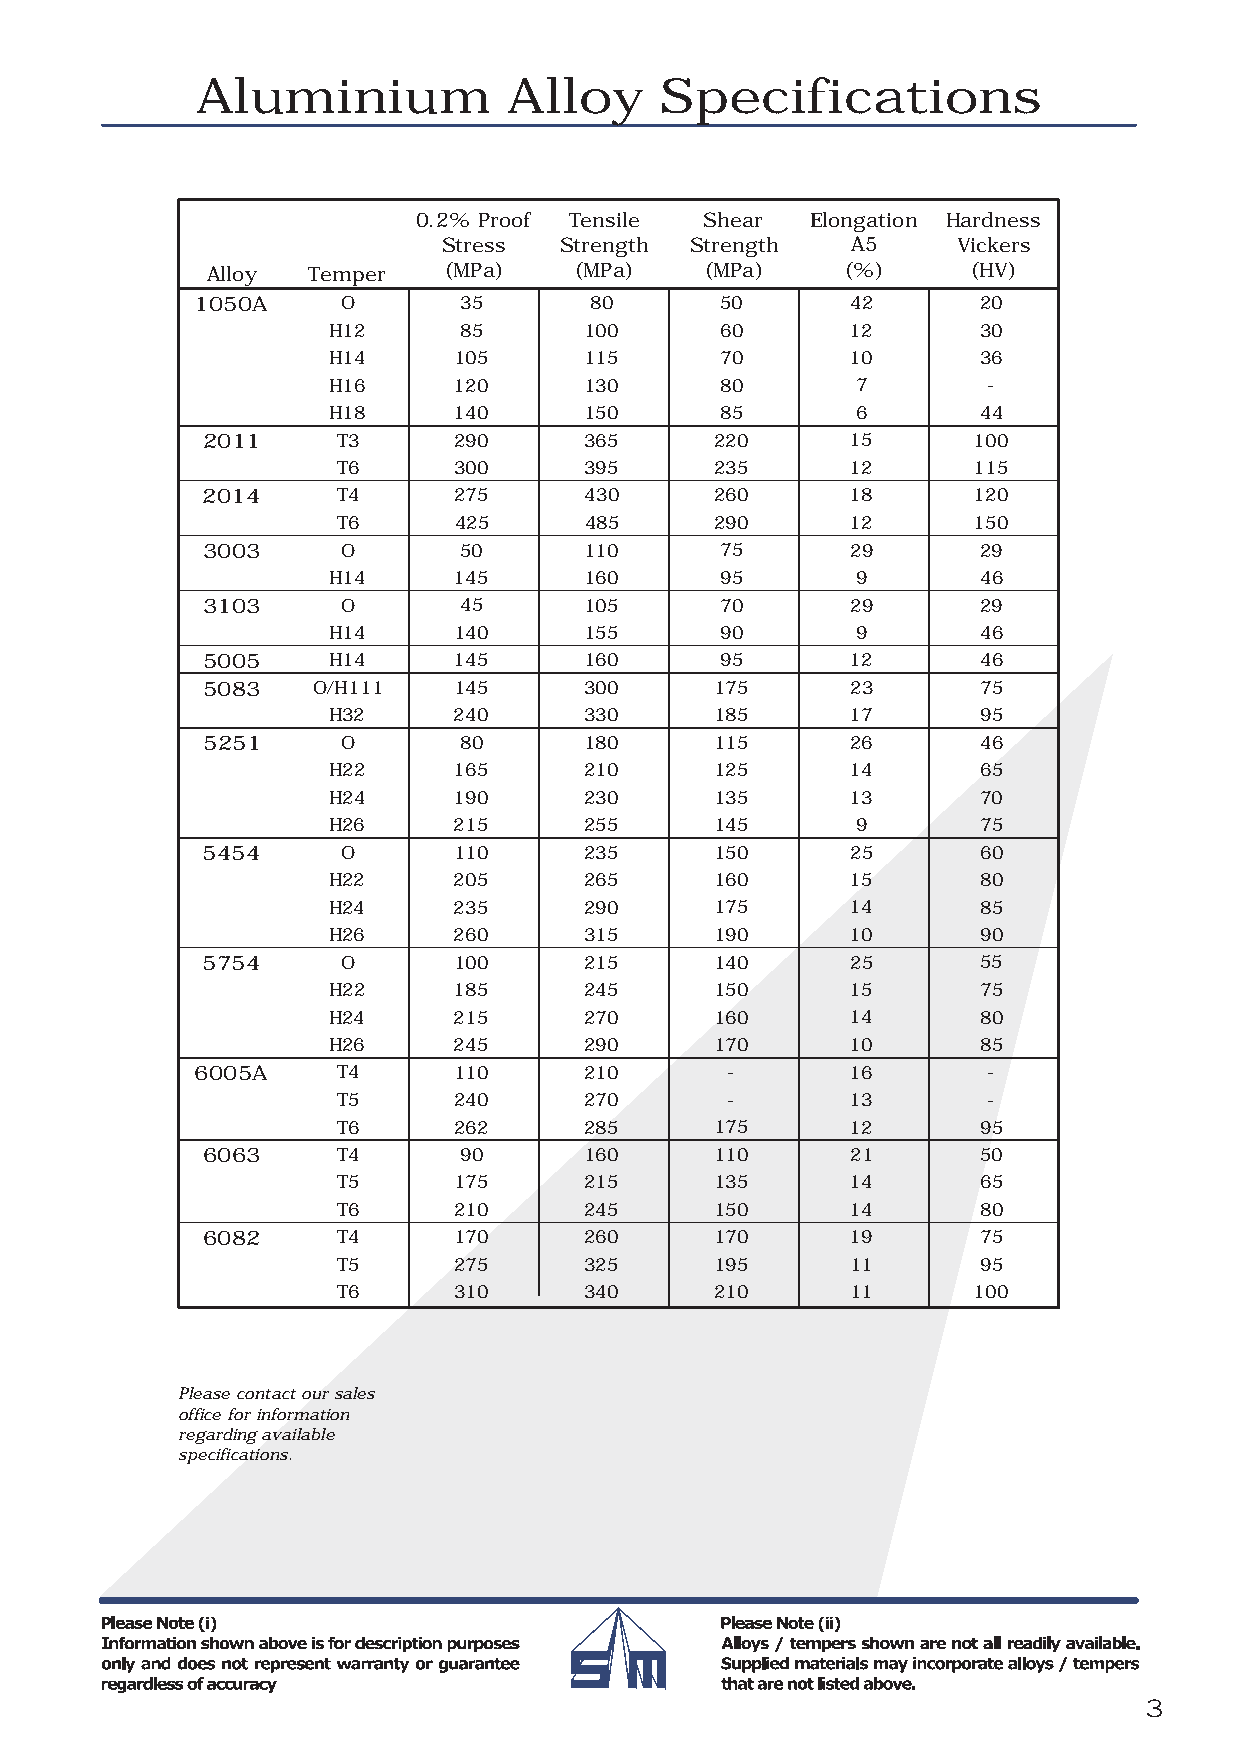
Aluminium            Alloy     Specifications
 0.2% Proof Tensile Shear  Elongation Hardness
 Stress  Strength Strength  A5     Vickers
 Alloy Temper   (MPa)    (MPa)    (MPa)    (%)     (HV)
 1050A     O      35       80       50      42       20
 H12     85       100      60      12       30
 H14     105      115      70      10       36
 H16     120      130      80       7       -
 H18     140      150      85       6       44
 2011     T3      290      365     220      15      100
 T6      300      395     235      12      115
 2014     T4      275      430     260      18      120
 T6      425      485     290      12      150
 3003      O      50       110      75      29       29
 H14     145      160      95       9       46
 3103      O      45       105      70      29       29
 H14     140      155      90       9       46
 5005     H14     145      160      95      12       46
 5083    O/H111   145      300     175      23       75
 H32     240      330     185      17       95
 5251      O      80       180     115      26       46
 H22     165      210     125      14       65
 H24     190      230     135      13       70
 H26     215      255     145       9       75
 5454      O      110      235     150      25       60
 H22     205      265     160      15       80
 H24     235      290     175      14       85
 H26     260      315     190      10       90
 5754      O      100      215     140      25       55
 H22     185      245     150      15       75
 H24     215      270     160      14       80
 H26     245      290     170      10       85
 6005A    T4      110      210      -       16       -
 T5      240      270      -       13       -
 T6      262      285     175      12       95
 6063     T4      90       160     110      21       50
 T5      175      215     135      14       65
 T6      210      245     150      14       80
 6082     T4      170      260     170      19       75
 T5      275      325     195      11       95
 T6      310      340     210      11      100
 Please contact our sales
 office for information
 regarding available
 specifications.
 3